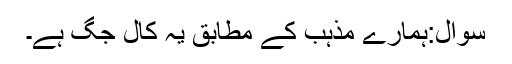
سوال:ہمارے مذہب کے مطابق یہ کال جگ ہے۔